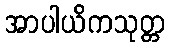
အာပါယိကသုတ္တ